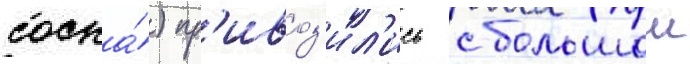
сосна́) пр'ивоз'ил'ись с большои